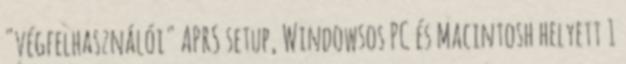
"végfelhasználói" APRS setup, Windowsos PC és Macintosh helyett 1